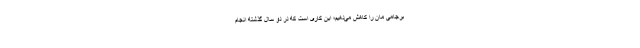
برجامی مان را کاهش می‌دهیم؛ این کاری است که در دو سال گذشته انجام